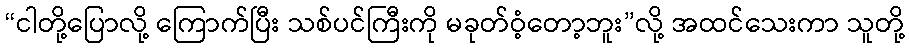
“ငါတို့ပြောလို့ ကြောက်ပြီး သစ်ပင်ကြီးကို မခုတ်ဝံ့တော့ဘူး”လို့ အထင်သေးကာ သူတို့